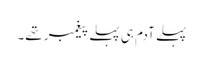
پہلے آدم ہی پہلے پیغمبر تھے۔